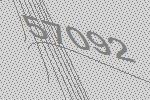
57092